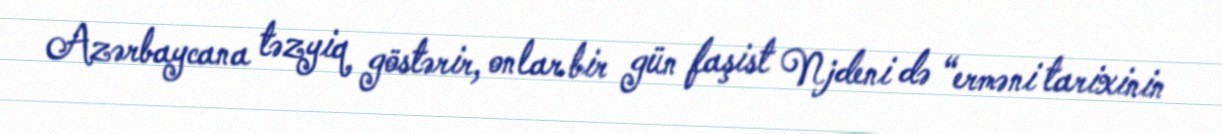
Azərbaycana təzyiq göstərir, onlar bir gün faşist Njdeni də “erməni tarixinin